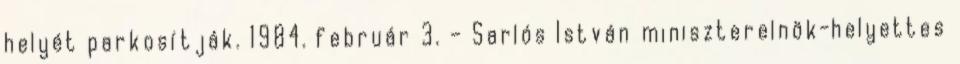
helyét parkosítják. 1984. február 3. – Sarlós István miniszterelnök-helyettes